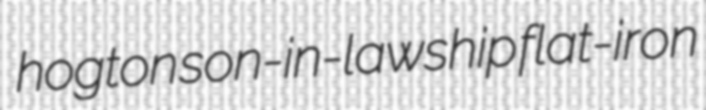
hogton son-in-lawship flat-iron